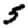
Digit: 5